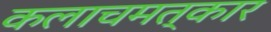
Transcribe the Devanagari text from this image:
कलाचमत्कार